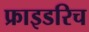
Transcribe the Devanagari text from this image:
फ्राइडरिच